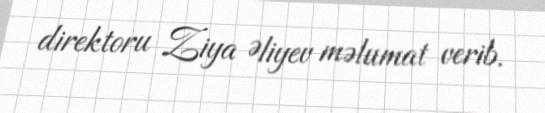
direktoru Ziya Əliyev məlumat verib.